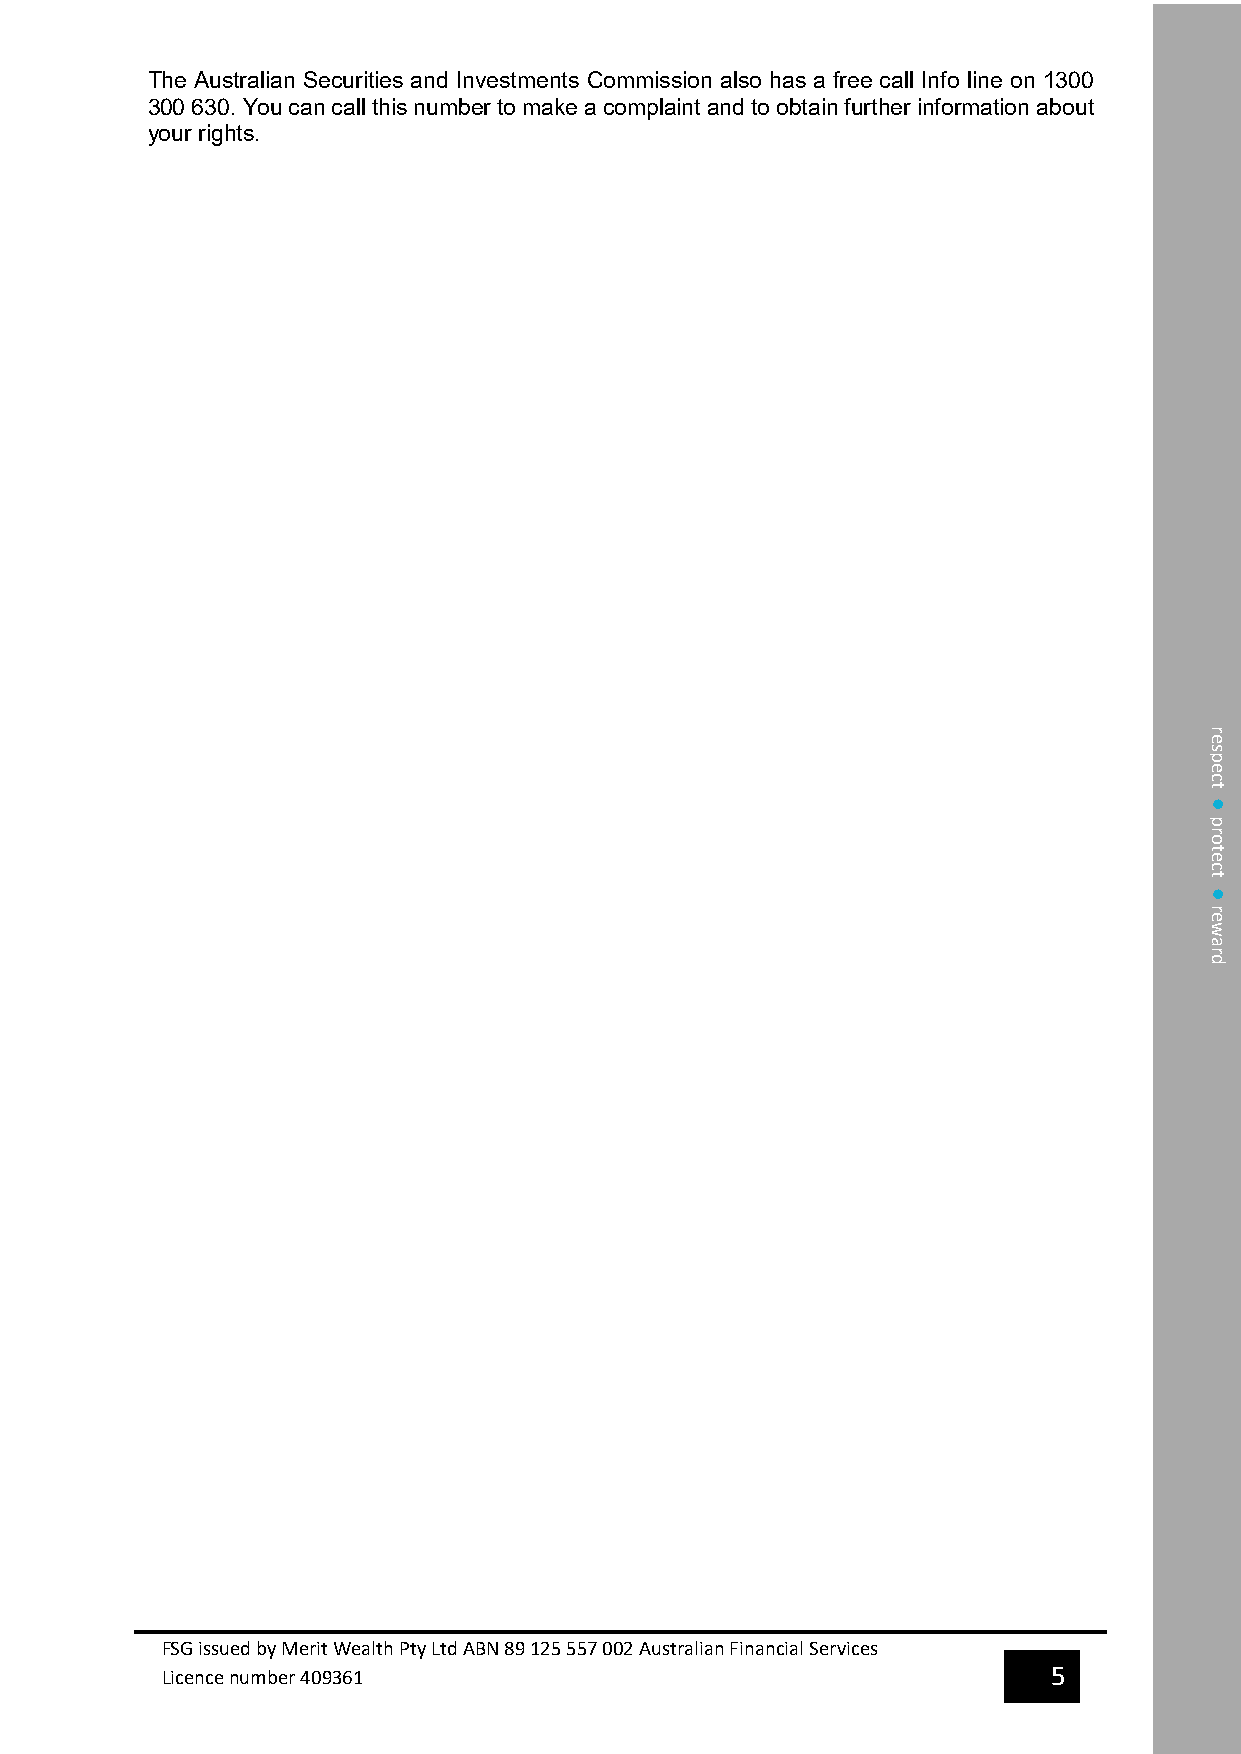
The Australian Securities and Investments Commission also has a free call Info line on 1300
 300 630. You can call this number to make a complaint and to obtain further information about
 your rights.
 FSG issued by Merit Wealth Pty Ltd ABN 89 125 557 002 Australian Financial Services
 Licence number 409361                                      5
 respect
 
 protect
 
 reward